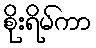
စိုးရိမ်ကာ